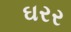
ઘરર